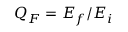
Q _ { F } = E _ { f } / E _ { i }